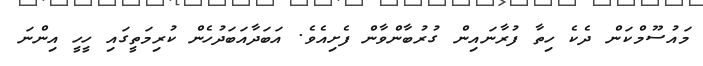
މައުސޫމްކަން ދެކެ ހިތާ ފުރާނައިން ގުރުބާންވާން ފެށިއެވެ. އަބަދާއަބަދުހެން ކުރިމަތީގައި ހީހީ އިންނަ